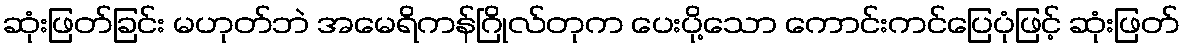
ဆုံးဖြတ်ခြင်း မဟုတ်ဘဲ အမေရိကန်ဂြိုလ်တုက ပေးပို့သော ကောင်းကင်ပြေပုံဖြင့် ဆုံးဖြတ်